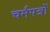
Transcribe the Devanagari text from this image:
चर्मपत्रों